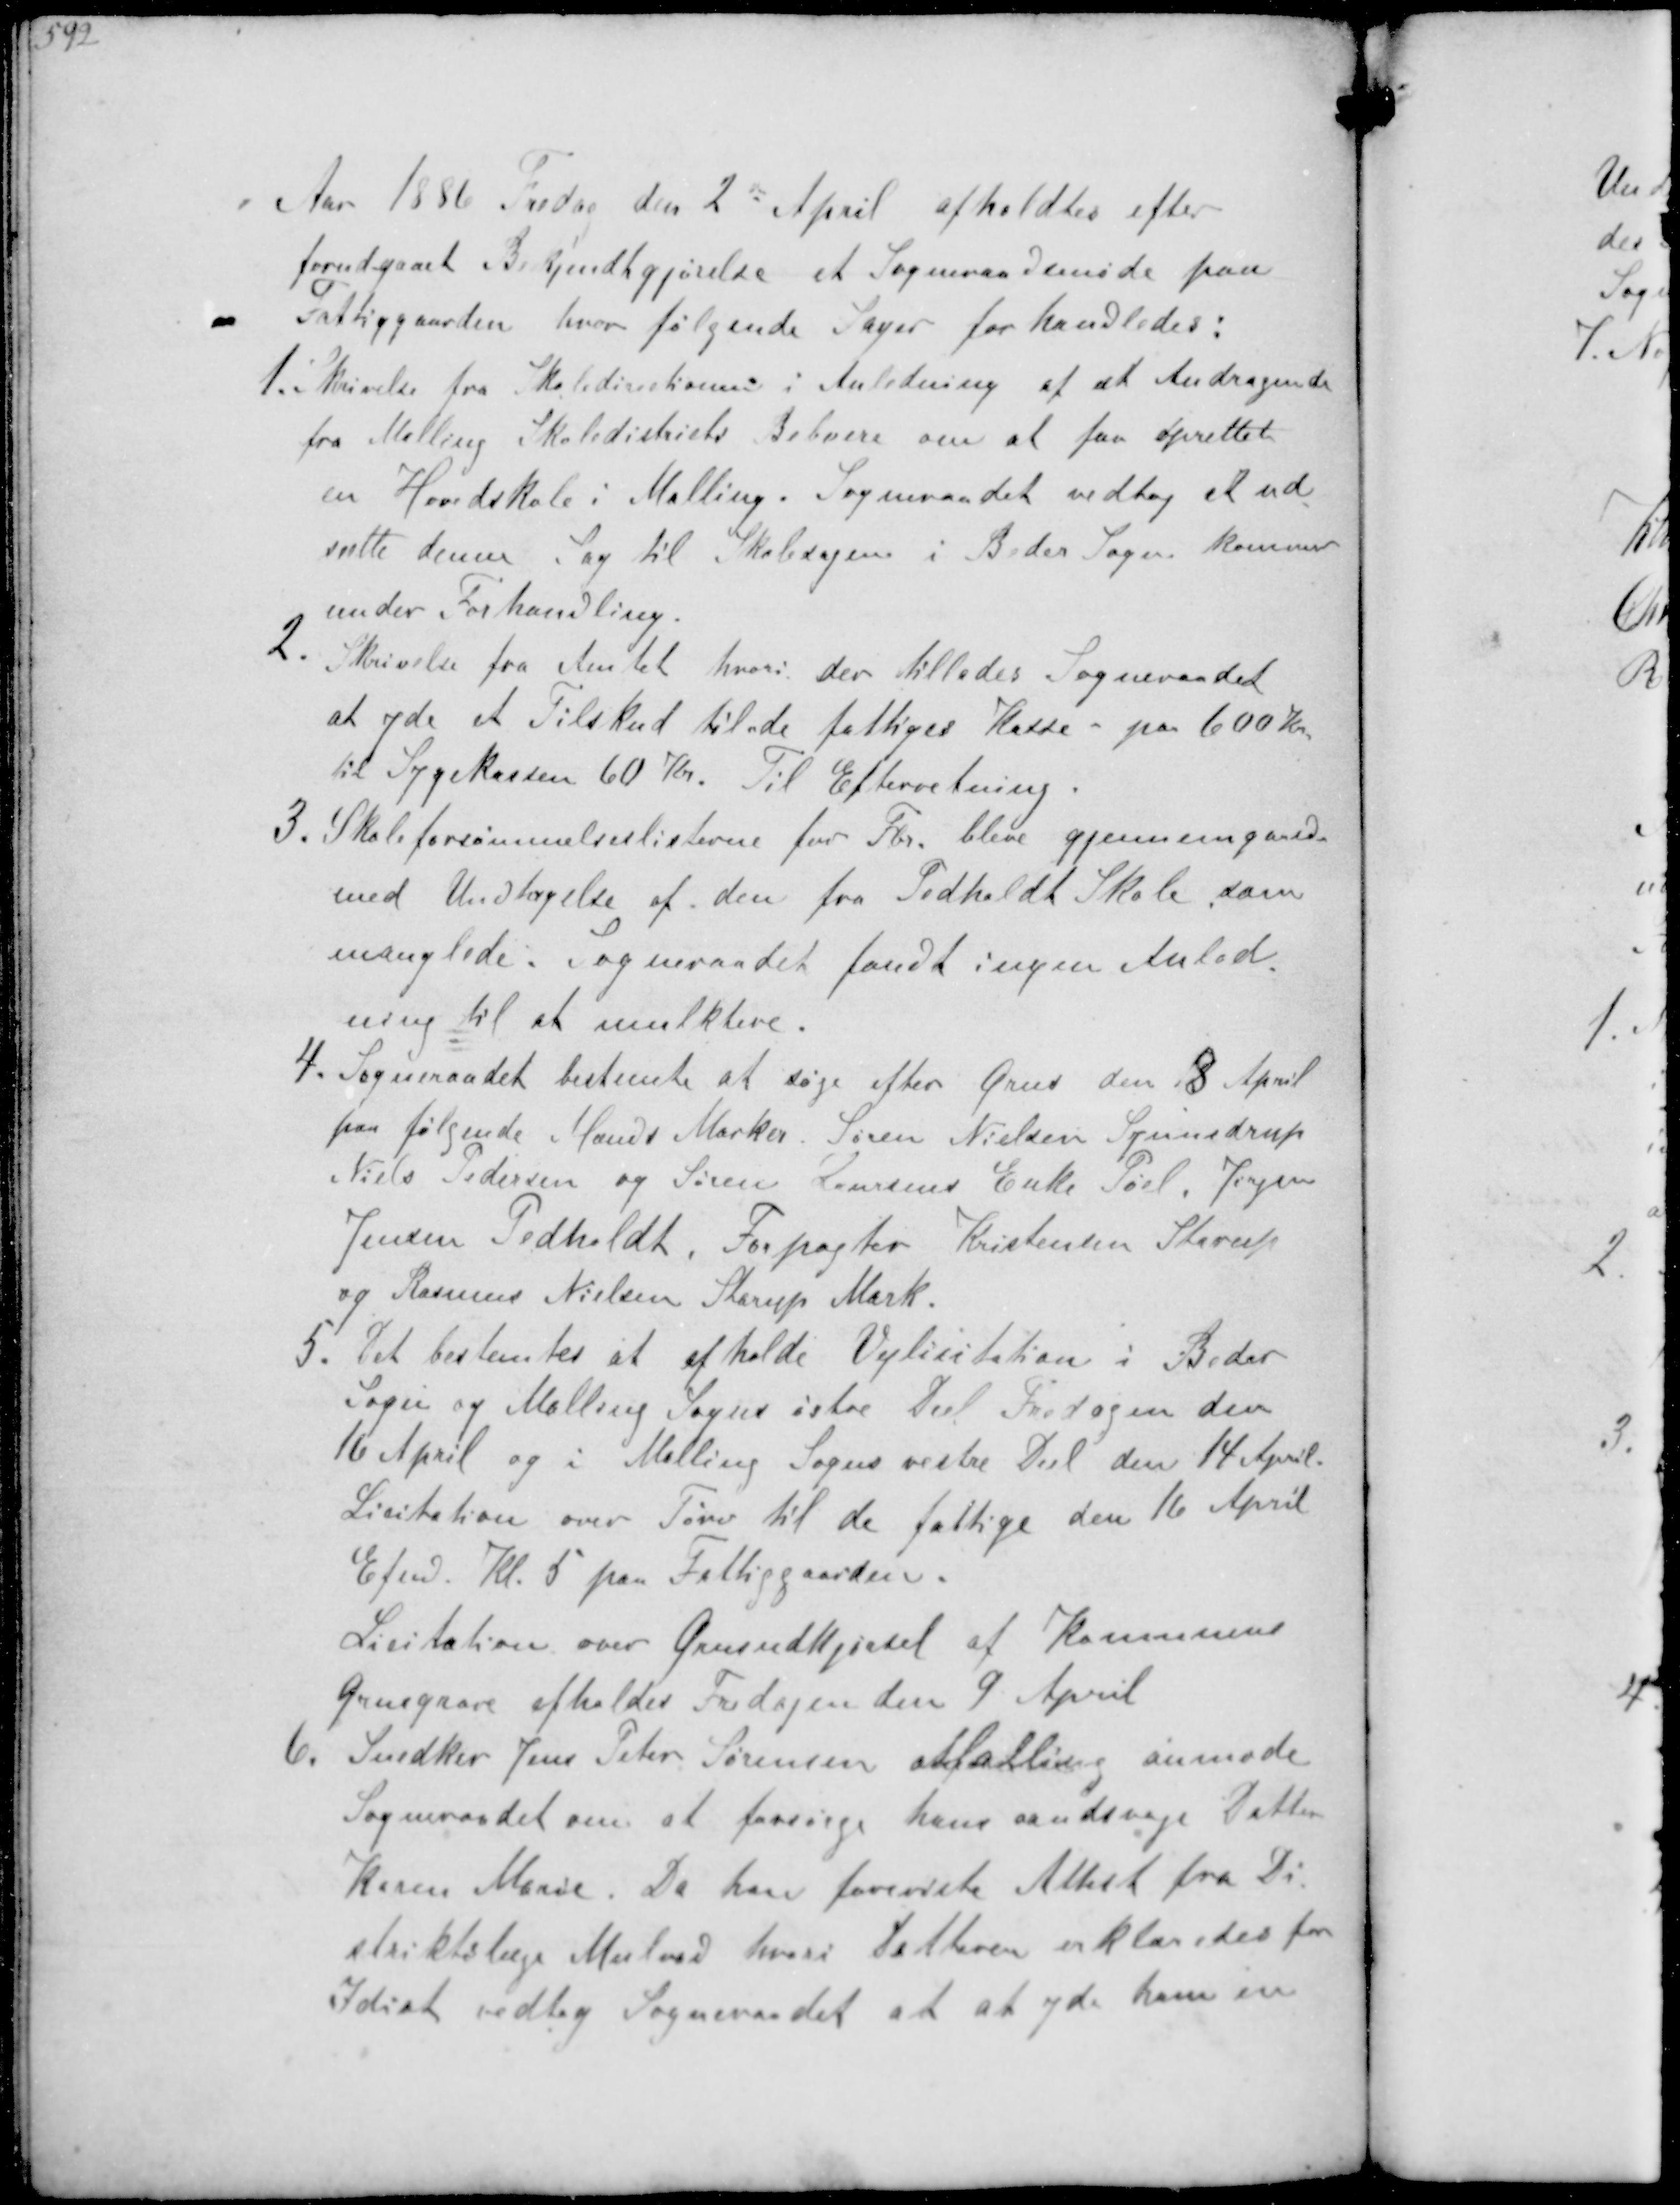
Transskription:
Aar 1886 Fredag den 2d April afholdtes efter
forudgaaet Bekjendtgjørelse et Sogneraadsmøde paa
Fattiggaarden hvor følgende Sager forhandledes:
1. Skrivelse fra Skoledirektionen i Anledning af et Andragende
fra Malling Skoledistricts Beboere om at faa oprettet
en Hovedskole i Malling. Sogneraadet vedtog at ud-
sætte denne Sag til Skolesagen i Beder Sogn kommer
under Forhandling.
2. Skrivelse fra Amtet hvori der tillades Sogneraadet
at yde et Tilskud til de fattiges Kasse paa 600 Kr.
til Sygekassen 60 Kr. Til Efterretning.
3. Skoleforsømmelseslisterne for Fbr bleve gjennemgaaede
med Undtagelse af den fra Pedholdt Skole, som
manglede. Sogneraadet fandt ingen Anled-
ning til at mulktere.
4. Sogneraadet bestemte at søge efter Grus den 8 April
paa følgende Mænds Marker Søren Nielsen Synnedrup
Niels Pedersen og Søren Laursens Enke Pøel Jørgen
Jensen Pedholdt, Forpagter Kristensen Starup
og Rasmus Nielsen Starup Mark
5. Det bestemtes at afholde Vejlicitation i Beder
Sogn og Malling Sogns østre Del Fredagen den
16 April og i Malling Sogns vestre Del den 14 April.
Licitation over Tørv til de fattige den 16 April
Efmd. Kl. 5 paa Fattiggaarden.
Licitation over Grusudkjørsel af Kommunens
Grusgrave afholdes Fredagen den 9 April
6. Snedker Jens Peter Sørensen Malling anmode
Sogneraadet om at forsørge hans aandsvage Datter
Karen Marie. Da han foreviste Attest fra Di-
striktslæge Mulvad hvori Datteren erklæredes for
Idiot vedtog Sogneraadet at at yde ham en